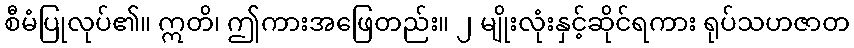
စီမံပြုလုပ်၏။ ဣတိ၊ ဤကားအဖြေတည်း။ ၂ မျိုးလုံးနှင့်ဆိုင်ရကား ရုပ်သဟဇာတ